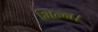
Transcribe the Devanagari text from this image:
भिन्‍न।